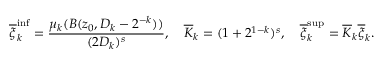
\overline { { \xi } } _ { k } ^ { \operatorname* { i n f } } = \frac { \mu _ { k } ( B ( z _ { 0 } , D _ { k } - 2 ^ { - k } ) ) } { ( 2 D _ { k } ) ^ { s } } , \quad \overline { { K } } _ { k } = ( 1 + 2 ^ { 1 - k } ) ^ { s } , \quad \overline { { \xi } } _ { k } ^ { \operatorname* { s u p } } = \overline { { K } } _ { k } \overline { { \xi } } _ { k } .